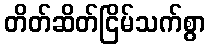
တိတ်ဆိတ်ငြိမ်သက်စွာ